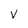
Character: v